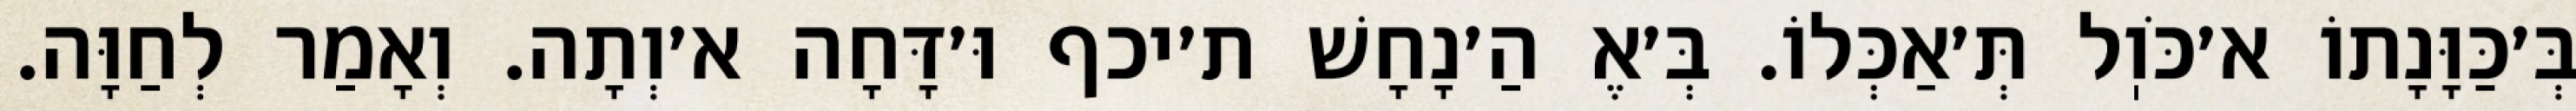
בְּ׳כַּוָּנָתוֹ א׳כֹּוֽל תְּ׳אַכְּלוֹ. בְּ׳אֶ הַ׳נָחָשׁ ת׳יכף וּ׳דָּחָה א׳וְתָה. וְאָמַר לְחַוָּה.